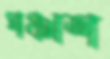
পঞ্চাশ